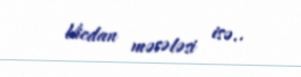
Vicdan məsələsi isə..